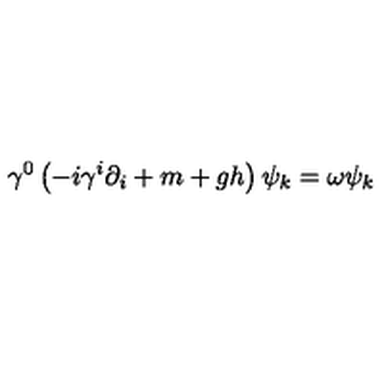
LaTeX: \gamma ^ { 0 } \left( - i \gamma ^ { i } \partial _ { i } + m + g h \right) \psi _ { k } = \omega \psi _ { k }